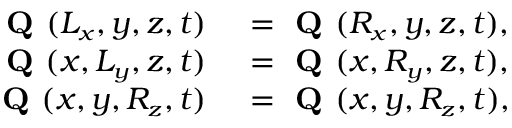
\small \begin{array} { r l } { \textbf { Q } ( L _ { x } , y , z , t ) } & { { } = \textbf { Q } ( R _ { x } , y , z , t ) , } \\ { \textbf { Q } ( x , L _ { y } , z , t ) } & { { } = \textbf { Q } ( x , R _ { y } , z , t ) , } \\ { \textbf { Q } ( x , y , R _ { z } , t ) } & { { } = \textbf { Q } ( x , y , R _ { z } , t ) , } \end{array}